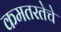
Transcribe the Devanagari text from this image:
कमतरतेचे